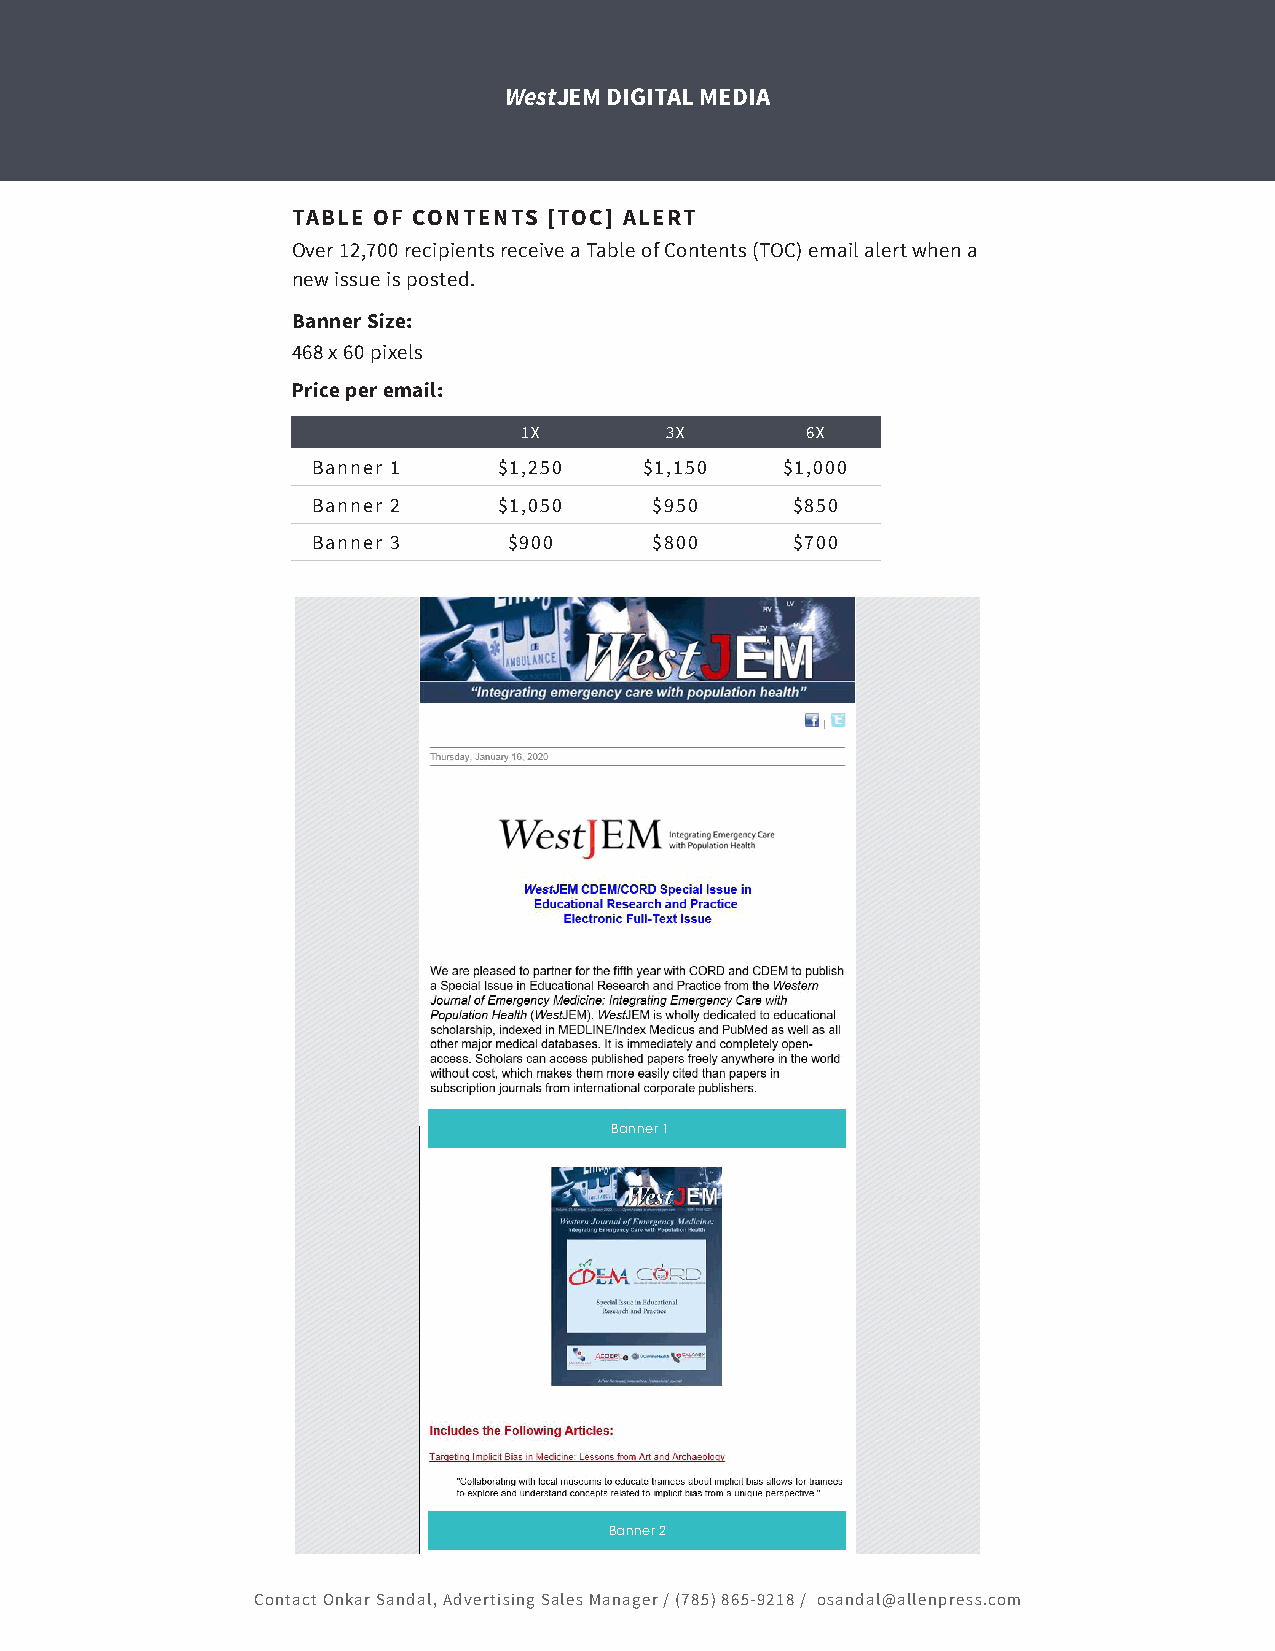
WestJEM DIGITAL MEDIA
 TABLE OF CONTENTS [TOC] ALERT
 Over 12,700 recipients receive a Table of Contents (TOC) email alert when a
 new issue is posted.
 Banner Size:
 468 x 60 pixels
 Price per email:
 1X        3X       6X
 Banner 1    $1,250    $1,150   $1,000
 Banner 2    $1,050    $950     $850
 Banner 3     $900     $800     $700
 Banner 1
 Banner 2
 Contact Onkar Sandal, Advertising Sales Manager / (785) 865-9218 / osandal@allenpress.com